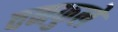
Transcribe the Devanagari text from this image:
वनफुले